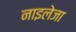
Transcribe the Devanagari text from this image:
नाइलेजा